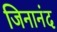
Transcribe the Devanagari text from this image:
जिनानंद